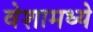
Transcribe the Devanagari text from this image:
वेशामध्ये